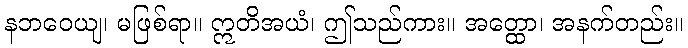
နဘဝေယျ၊ မဖြစ်ရာ။ ဣတိအယံ၊ ဤသည်ကား။ အတ္ထော၊ အနက်တည်း။